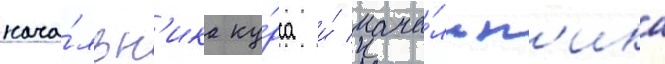
нача́льн'ика ку́рса и́ нача́льн'ика